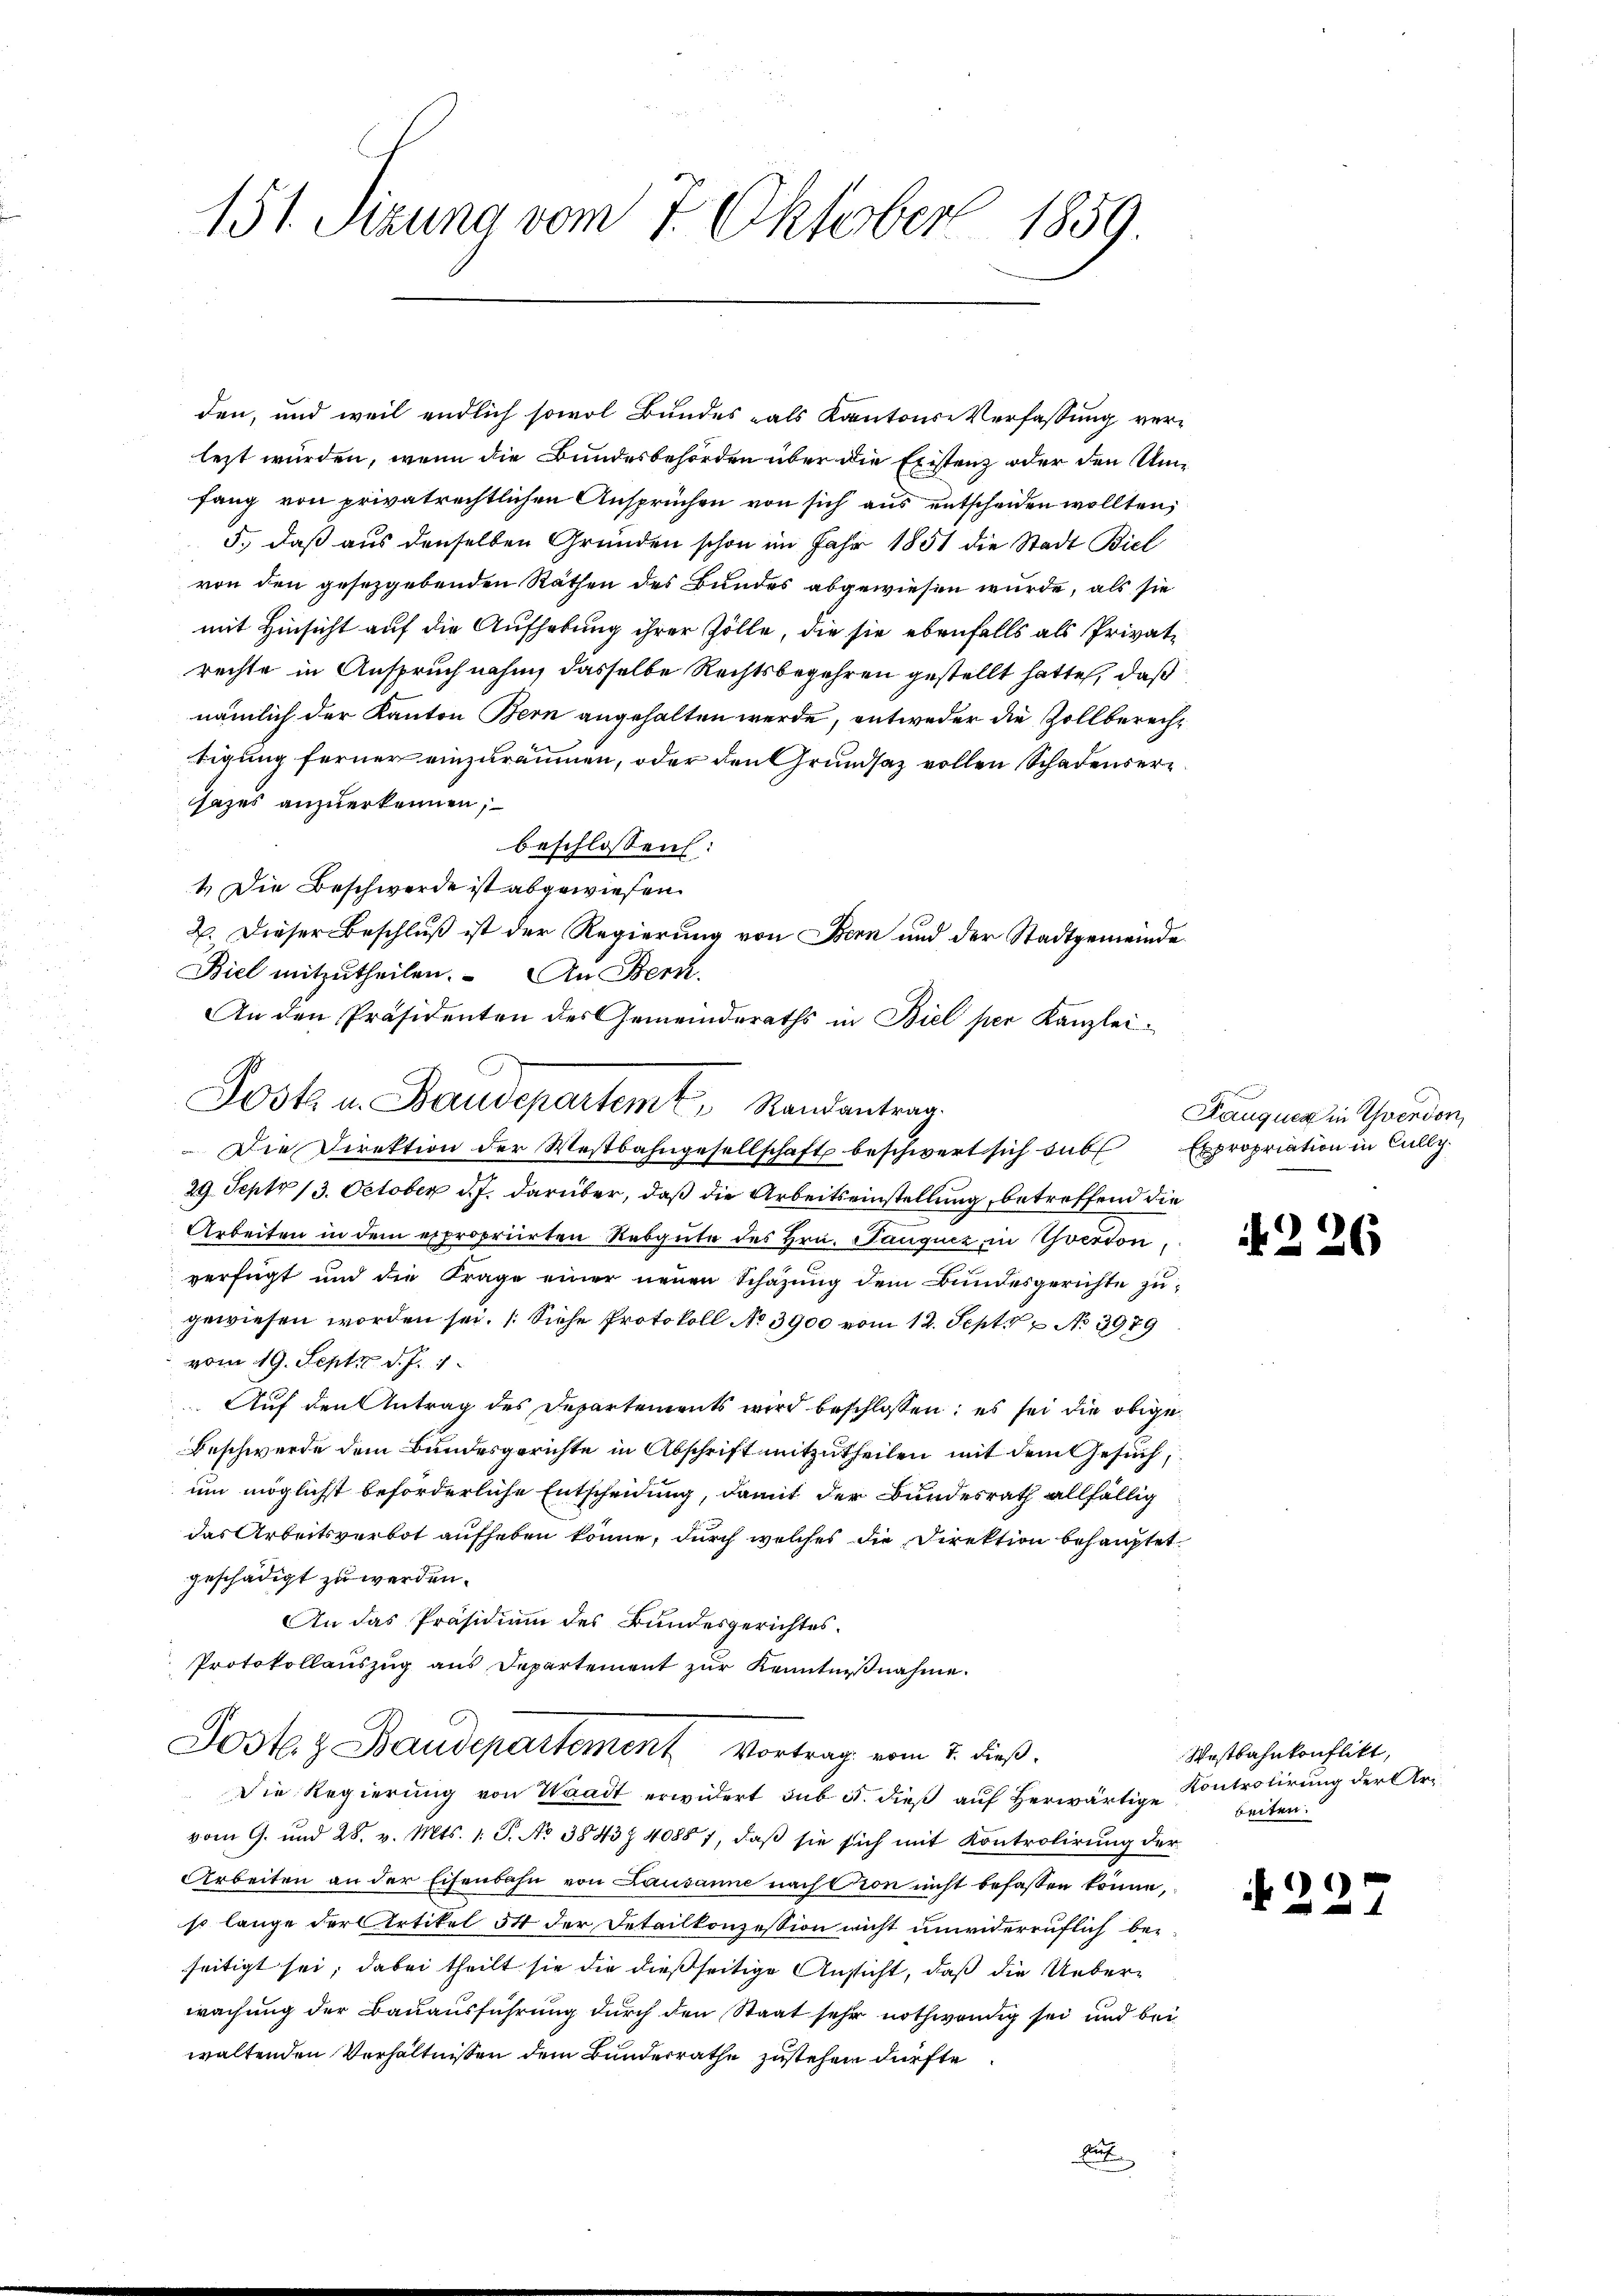
151. Sizung vom 7. Oktober 1859.

den, und weil endlich sowol Bundes als Kantons-Verfassung verlezt würden, wenn die Bundesbehörden über die Existenz oder den Umfang von privatrechtlichen Ansprüchen von sich aus entscheiden wollten,
5., daß aus denselben Gründen schon im Jahr 1851 die Stadt Biel
von den gesezgebenden Räthen des Bundes abgewiesen wurde, als sie
mit Hinsicht auf die Aufhebung ihrer Zölle, die sie ebenfalls als Privatrechte in Anspruchnahm, dasselbe Rechtsbegehren gestellt hatte, daß
nämlich der Kanton Bern angehalten werde, entweder die Zollberechtigung ferner einzuräumen, oder den Grundsaz vollen Schadensersazes anzuerkennen,
beschlossen:
4. Die Beschwerde ist abgewiesen.
2. Dieser Beschluß ist der Regierung von Bern und der Stadtgemeinde
Biel mitzutheilen. An Bern.
An den Präsidenten des Gemeinderaths in Biel per Kanzlei-
 Die Direktion der Westbahngesellschaft beschwert sich sub Expropriation in Cully
29. Sept 13. October d. J. darüber, daß die Arbeitseinstellung, betreffend die
Arbeiten in dem expropriirten Rebgute des Hrn. Janquiz in Yverdon
verfügt und die Frage einer neuen Schazung dem Bundesgerichte zugewiesen worden sei. (Siehe Protokoll No 3900 vom 12. Sept No 3979
vom 19. Sept d. J. 1
Auf den Antrag des Departements wird beschlossen; es sei die obige
Beschwerde dem Bundesgerichte in Abschrift mitzutheilen mit dem Gesuch,
um möglichst beförderliche Entscheidung, damit der Bundesrath allfällig
das Arbeitsverbot aufheben könne, durch welches die Direktion behauptet
geschädigt zu werden.
An das Präsidium des Bundesgerichtes.
Protokollauszug aus Departement zur Kenntnißnahme.
Poste z. Baudepartement Vortrag vom 2. dieß.
Die Regierung von Waadt erwidert sub 5. dieß auf herwärtige Kontrolirung der Arvom 9. und 28. v. Mts. 1. S. No 3843 40887, daβ sie sich mit Kontrolirung der
Arbeiten an der Eisenbahn von Lausanne nach Pion nicht befassen könne,
so lange der Artikel 54 der Detailkonzession nicht unwiderruflich beseitigt sei; dabei theilt sie die dießseitige Ansicht, daß die Ueberwachung der Bauausführung durch den Staat sehr nothwendig sei und bei
waltenden Verhältnissen dem Bunderrathe zustehen dürfte
Au

Jost in Baudepartemt, Randantrag

2

Rauquer in Yverdon,

226

Westbahnkonflikt,
beiten.

N 227.